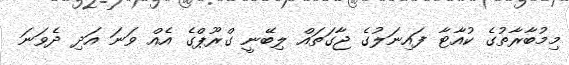
މިމުބާރާތުގެ ކުއާޓާ ފައިނަލުގެ ޖާގަތައް ލިބޭނީ ގްރޫޕްގެ އެއް ވަނަ އަދި ދެވަނަ